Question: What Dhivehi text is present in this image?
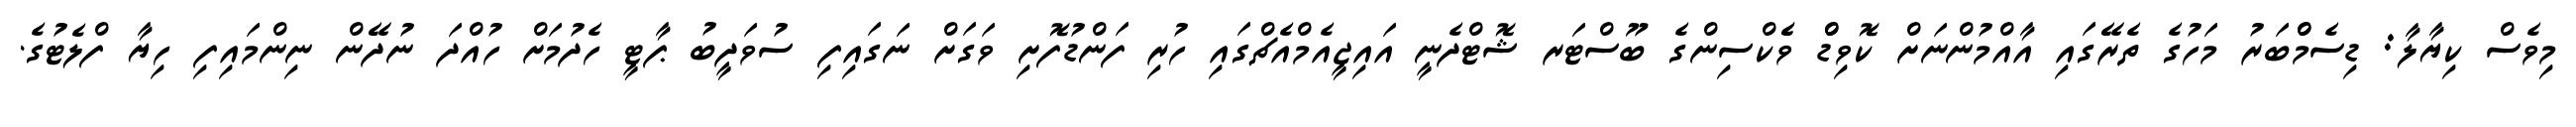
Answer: މިވެސް ކިޔާލާ: ޑިސެމްްބަރު މަހުގެ ތެރޭގައި އާއްމުންނަށް ކޮވިޑްް ވެެކްސިންގެ ބޫސްޓަރ ޝޮޓްދެނީ އައިޖީއެމްއެޗްގައި ހުރި ފަންޑުފޮށި ވަގަށް ނަގައިފި ސުވަދީބު ޕާޓީ ހެދުމަށް ހުއްދަ ނުދޭން ނިންމައިފި ހިޔާ ފްލެޓުގެ.